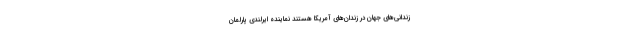
زندانی‌های جهان در زندان‌های آمریکا هستند نماینده ایرلندی پارلمان